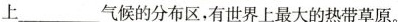
上___气候的分布区，有世界上最大的热带草原。